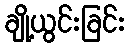
ချို့ယွင်းခြင်း